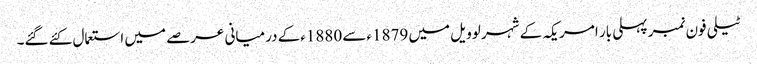
ٹیلی فون نمبر پہلی بار امریکہ کے شہر لوویل میں 1879ءسے 1880ءکے درمیانی عرصے میں استعمال کئے گئے۔